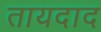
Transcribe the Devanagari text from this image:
तायदाद